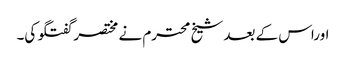
اوراس کے بعد شیخ محترم نے مختصر گفتگو کی۔